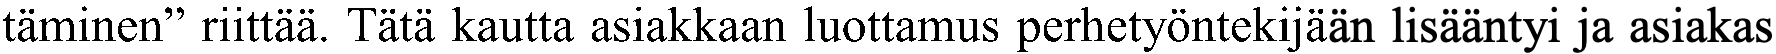
täminen” riittää. Tätä kautta asiakkaan luottamus perhetyöntekijään lisääntyi ja asiakas